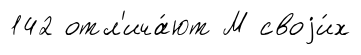
142 отл'ича́ют М своjи́х